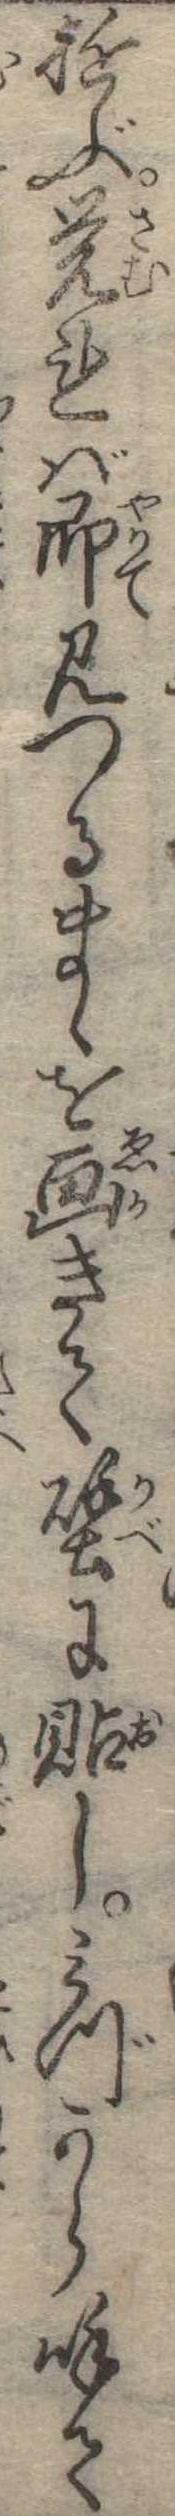
遊ぶ覚れば即見つるまゝを画きて壁に貼しみづから呼て